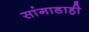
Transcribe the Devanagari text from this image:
सांगाडाही